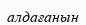
алдағанын